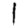
Digit: 1